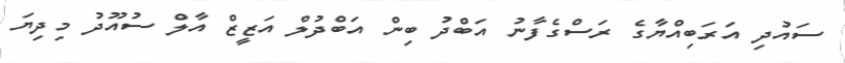
ސައުދި އަރަބިއްޔާގެ ރަސްގެފާނު އަބްދު ބިން އަބްދުލް އަޒީޒް އާލް ސުއޫދު މިދިޔަ